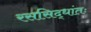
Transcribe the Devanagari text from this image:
रससिद्धांतः